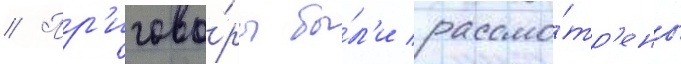
// Пр'игово́ры бы́л'и рассмо́тр'ены